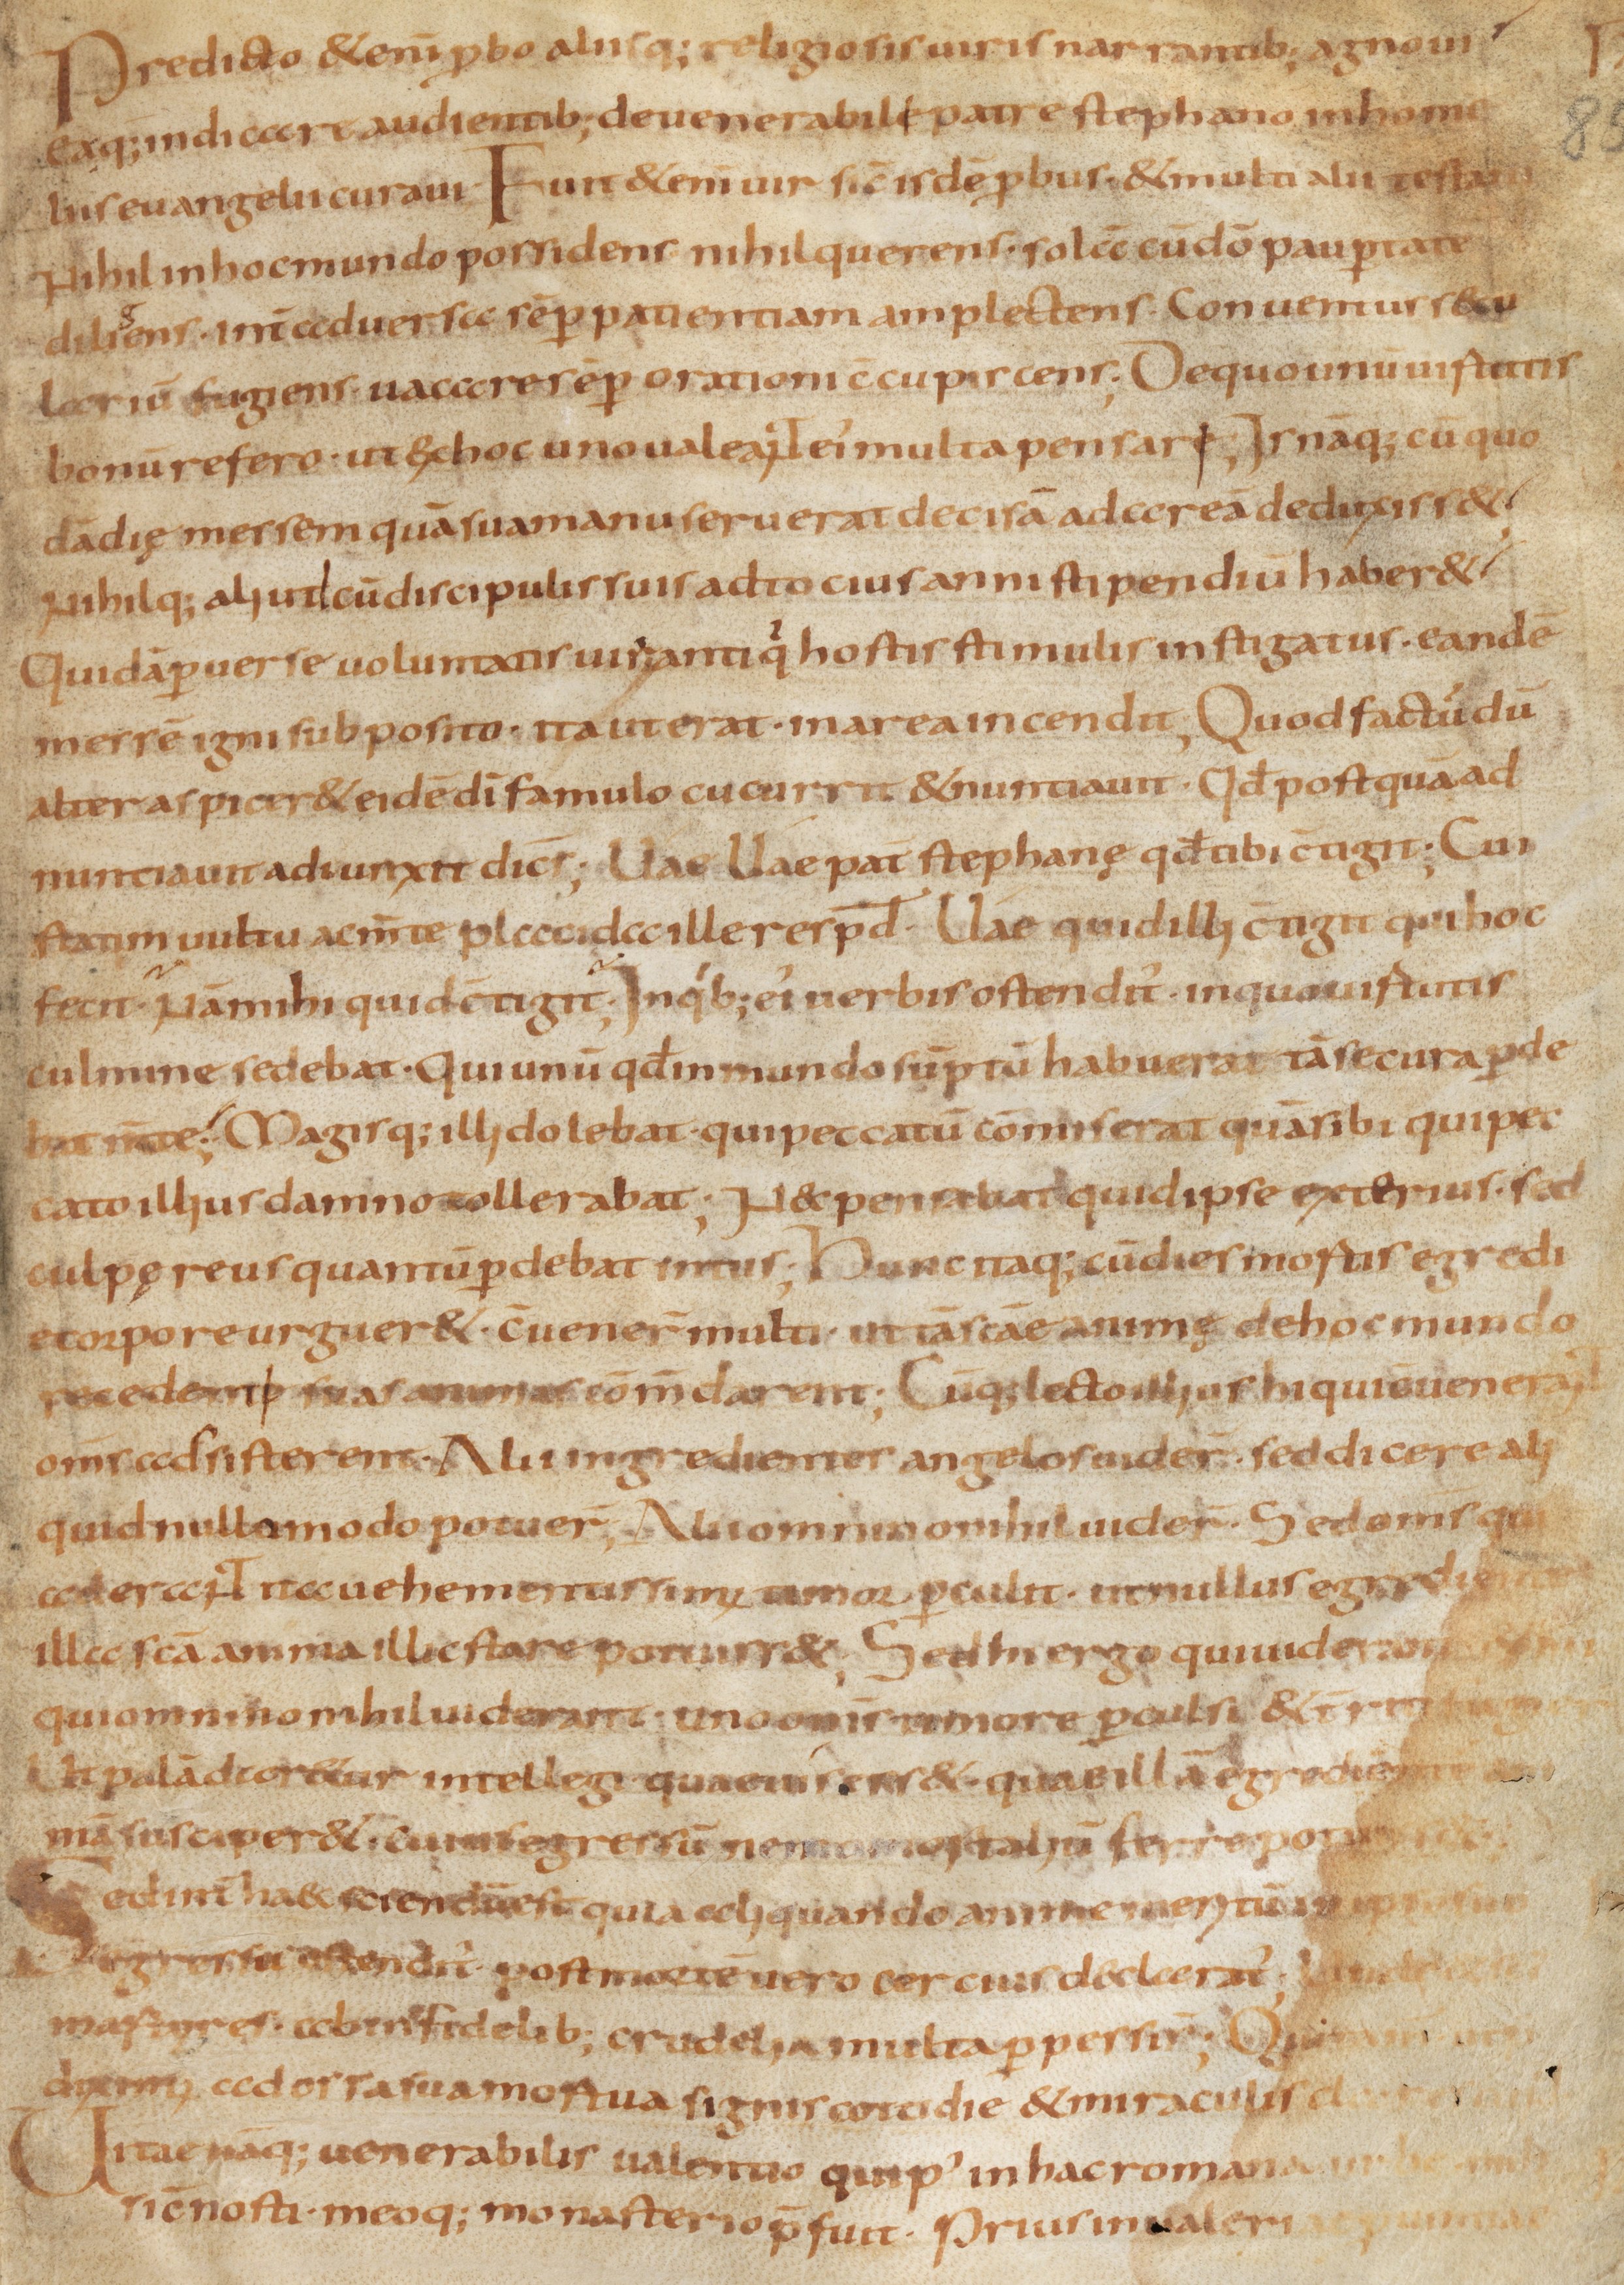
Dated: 800–849